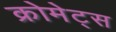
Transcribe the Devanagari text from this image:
क्रोमेट्स